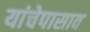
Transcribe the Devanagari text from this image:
यांचेपासाव